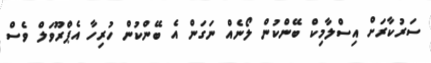
ސަރުކާރަށް އިސްލާމިކް ބޭންކުން ލޯނެއް ނަގަން އެ ބޭންކުން ހުރިހާ އެޕްރޫވަލް ވެސް